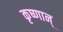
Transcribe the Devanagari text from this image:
कृष्णान्‌